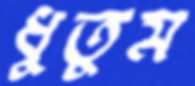
ধুতুম